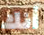
أنك